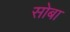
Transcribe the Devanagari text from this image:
सोबा